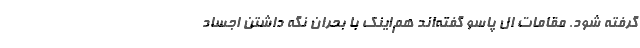
گرفته شود. مقامات ال پاسو گفته‌اند هم‌اینک با بحران نگه داشتن اجساد